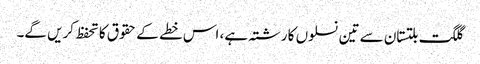
گلگت بلتستان سے تین نسلوں کا رشتہ ہے، اس خطے کے حقوق کا تحفظ کریں گے۔